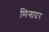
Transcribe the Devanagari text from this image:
मिनादर